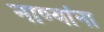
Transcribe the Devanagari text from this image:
नाण्यांना